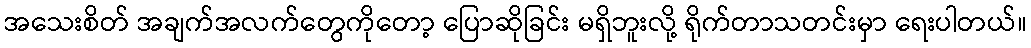
အသေးစိတ် အချက်အလက်တွေကိုတော့ ပြောဆိုခြင်း မရှိဘူးလို့ ရိုက်တာသတင်းမှာ ရေးပါတယ်။